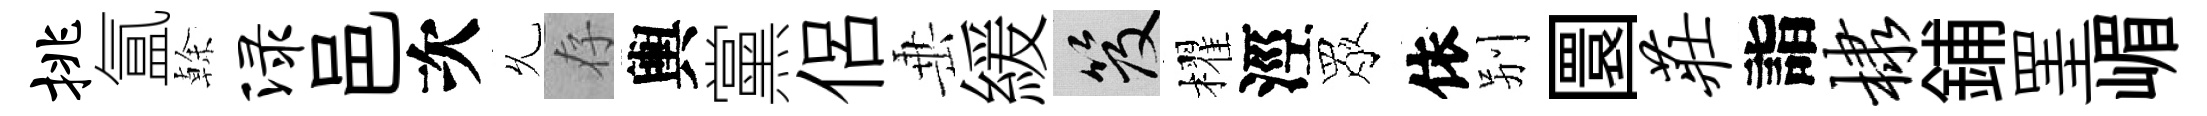
挑氲𠏉渌邑次𠃔存輿黨侶𡸁緩笈櫂涇眾依别圜庄詣棣鋪罣嵋